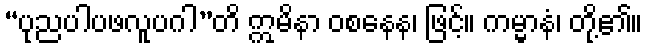
“ပုညပါပဖလူပဂါ”တိ ဣမိနာ ဝစနေန၊ ဖြင့်။ ကမ္မာနံ၊ တို့၏။